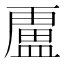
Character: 𭾐